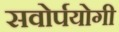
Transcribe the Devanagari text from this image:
सवोर्पयोगी